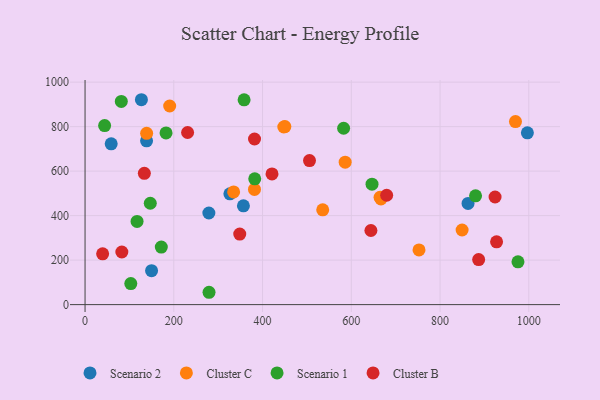
{"axis": {"x": "Speed", "y": "Demand"}, "legend": ["Cluster B", "Cluster C", "Scenario 1", "Scenario 2"], "data": [{"x": "996.8", "y": 772.3, "type": "Scenario 2"}, {"x": "58.9", "y": 722.5, "type": "Scenario 2"}, {"x": "326.4", "y": 497.9, "type": "Scenario 2"}, {"x": "356.9", "y": 443.9, "type": "Scenario 2"}, {"x": "149.9", "y": 152.5, "type": "Scenario 2"}, {"x": "127.0", "y": 920.9, "type": "Scenario 2"}, {"x": "863.1", "y": 454.8, "type": "Scenario 2"}, {"x": "138.6", "y": 736.0, "type": "Scenario 2"}, {"x": "279.0", "y": 411.7, "type": "Scenario 2"}, {"x": "535.6", "y": 426.0, "type": "Cluster C"}, {"x": "190.7", "y": 892.6, "type": "Cluster C"}, {"x": "450.3", "y": 800.1, "type": "Cluster C"}, {"x": "970.0", "y": 822.7, "type": "Cluster C"}, {"x": "334.8", "y": 506.4, "type": "Cluster C"}, {"x": "849.7", "y": 335.4, "type": "Cluster C"}, {"x": "447.9", "y": 798.3, "type": "Cluster C"}, {"x": "586.2", "y": 640.3, "type": "Cluster C"}, {"x": "666.8", "y": 474.7, "type": "Cluster C"}, {"x": "752.6", "y": 245.7, "type": "Cluster C"}, {"x": "664.8", "y": 482.6, "type": "Cluster C"}, {"x": "381.8", "y": 517.7, "type": "Cluster C"}, {"x": "138.8", "y": 769.8, "type": "Cluster C"}, {"x": "975.6", "y": 192.5, "type": "Scenario 1"}, {"x": "147.0", "y": 455.7, "type": "Scenario 1"}, {"x": "382.4", "y": 565.2, "type": "Scenario 1"}, {"x": "44.1", "y": 804.9, "type": "Scenario 1"}, {"x": "81.7", "y": 913.4, "type": "Scenario 1"}, {"x": "358.4", "y": 920.4, "type": "Scenario 1"}, {"x": "880.0", "y": 489.2, "type": "Scenario 1"}, {"x": "103.1", "y": 94.8, "type": "Scenario 1"}, {"x": "117.2", "y": 374.1, "type": "Scenario 1"}, {"x": "171.8", "y": 258.5, "type": "Scenario 1"}, {"x": "646.7", "y": 541.3, "type": "Scenario 1"}, {"x": "182.5", "y": 771.8, "type": "Scenario 1"}, {"x": "582.7", "y": 792.8, "type": "Scenario 1"}, {"x": "279.4", "y": 55.5, "type": "Scenario 1"}, {"x": "231.1", "y": 773.7, "type": "Cluster B"}, {"x": "421.3", "y": 587.5, "type": "Cluster B"}, {"x": "887.0", "y": 202.6, "type": "Cluster B"}, {"x": "927.4", "y": 282.2, "type": "Cluster B"}, {"x": "82.9", "y": 236.5, "type": "Cluster B"}, {"x": "679.7", "y": 491.6, "type": "Cluster B"}, {"x": "924.0", "y": 483.7, "type": "Cluster B"}, {"x": "348.6", "y": 317.1, "type": "Cluster B"}, {"x": "133.6", "y": 589.9, "type": "Cluster B"}, {"x": "39.6", "y": 228.1, "type": "Cluster B"}, {"x": "505.8", "y": 647.2, "type": "Cluster B"}, {"x": "381.9", "y": 744.3, "type": "Cluster B"}, {"x": "644.2", "y": 333.1, "type": "Cluster B"}]}